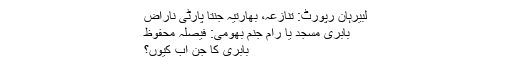
لبیرہان رپورٹ: تنازعہ، بھارتیہ جنتا پارٹی ناراض
بابری مسجد یا رام جنم بھومی: فیصلہ محفوظ
بابری کا جن اب کیوں؟